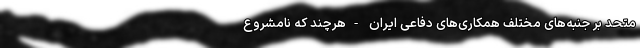
متحد بر جنبه­‌های مختلف همکاری­‌های دفاعی ایران -هرچند که نامشروع